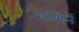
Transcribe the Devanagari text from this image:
मशिनें